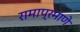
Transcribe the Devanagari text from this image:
रामाप्रमाणे